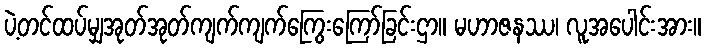
ပဲ့တင်ထပ်မျှအုတ်အုတ်ကျက်ကျက်ကြွေးကြော်ခြင်းဌာ။ မဟာဇနဿ၊ လူအပေါင်းအား။